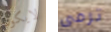
لايكون ترمى